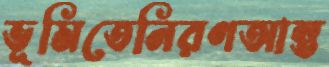
ভূমিতেনিরণআন্ত